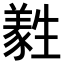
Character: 𤯹